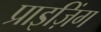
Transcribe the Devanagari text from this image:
प्राइज़िंग